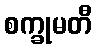
စက္ခုမတီ